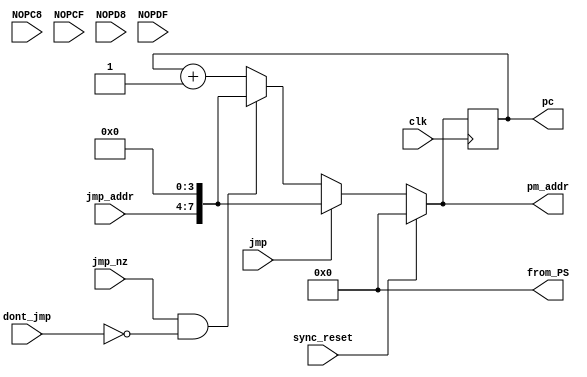
module program_sequencer(
	input clk, sync_reset, jmp, jmp_nz, dont_jmp,
	input NOPC8, NOPCF, NOPD8, NOPDF,		// inputs; will probably need in exam
	input [3:0] jmp_addr,
	output reg [7:0] pm_addr,
	output reg [7:0] pc,			// made output for final exam (instead of internal)
	output reg [7:0] from_PS			// made specifically for final exam scrambler
	);


always @ *
from_PS = 8'h0;  // in exam
//from_PS = pc;		// testing prior to exam

always @ (posedge clk)
pc <= pm_addr;

always @ *
if (sync_reset == 1'b1) 
	pm_addr = 8'd0;
else if (jmp == 1'b1) 
	pm_addr = {jmp_addr, 4'd0};
else if ((jmp_nz == 1'b1) && (dont_jmp == 1'b0)) 
	pm_addr = {jmp_addr, 4'd0};
else 
	pm_addr = pc + 8'd1;

endmodule